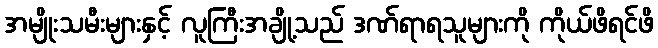
အမျိုးသမီးများနှင့် လူကြီးအချို့သည် ဒဏ်ရာရသူများကို ကိုယ်ဖိရင်ဖိ